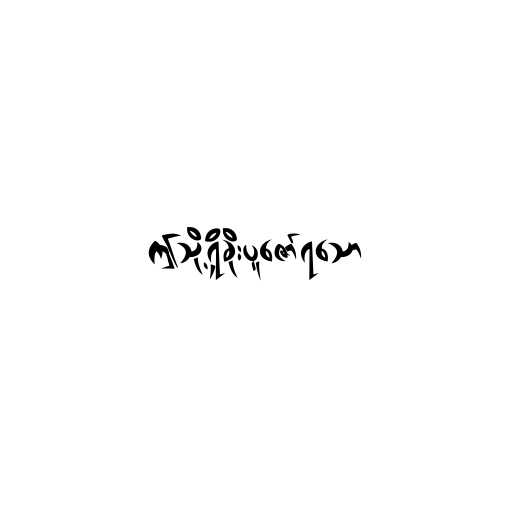
ဤသို့ရှိခိုးပူဇော်ရသော